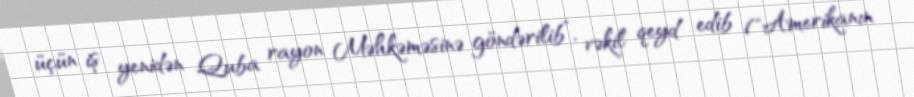
üçün iş yenidən Quba rayon Məhkəməsinə göndərilib”, vəkil qeyd edib ("Amerikanın